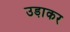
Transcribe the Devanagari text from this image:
उडा़कर